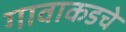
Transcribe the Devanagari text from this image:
गावाकडचे